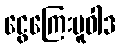
ငွေကြေးမူဝါဒ